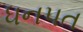
ધનપત